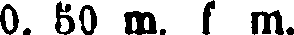
0. 50 m. f m.